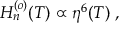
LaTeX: H _ { n } ^ { ( o ) } ( T ) \propto \eta ^ { 6 } ( T ) \; ,